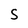
Character: S